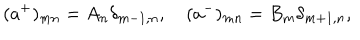
LaTeX: ( a ^ { + } ) _ { m n } = A _ { n } \delta _ { m - 1 , n } , \quad ( a ^ { - } ) _ { m n } = B _ { m } \delta _ { m + 1 , n } ,